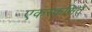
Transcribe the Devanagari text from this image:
एकस्क़सिते